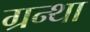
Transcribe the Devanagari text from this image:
ग्रन्था